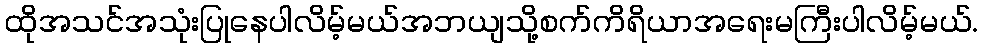
ထိုအသင်အသုံးပြုနေပါလိမ့်မယ်အဘယျသို့စက်ကိရိယာအရေးမကြီးပါလိမ့်မယ်.